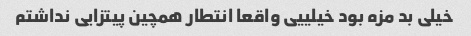
خیلی بد مزه بود خیلییی واقعا انتطار همچین پیتزایی نداشتم